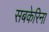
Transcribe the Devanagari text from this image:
सबकेरिना